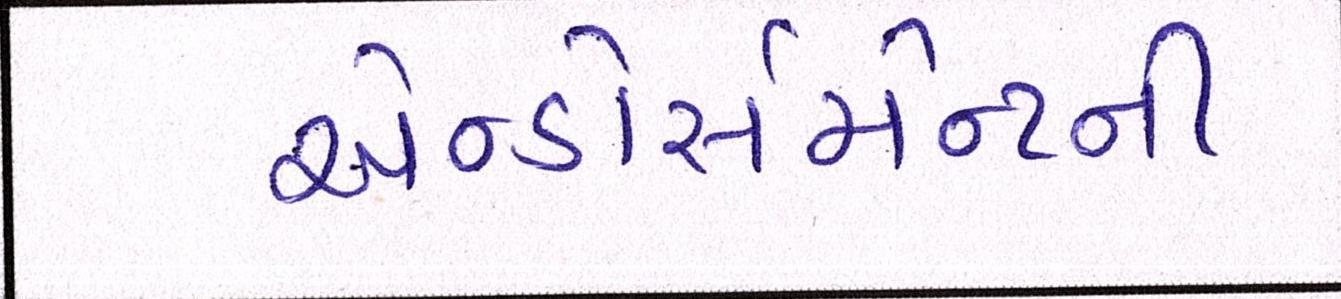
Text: એન્ડોર્સમેન્ટની